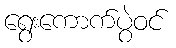
ရွေးကောက်ပွဲဝင်